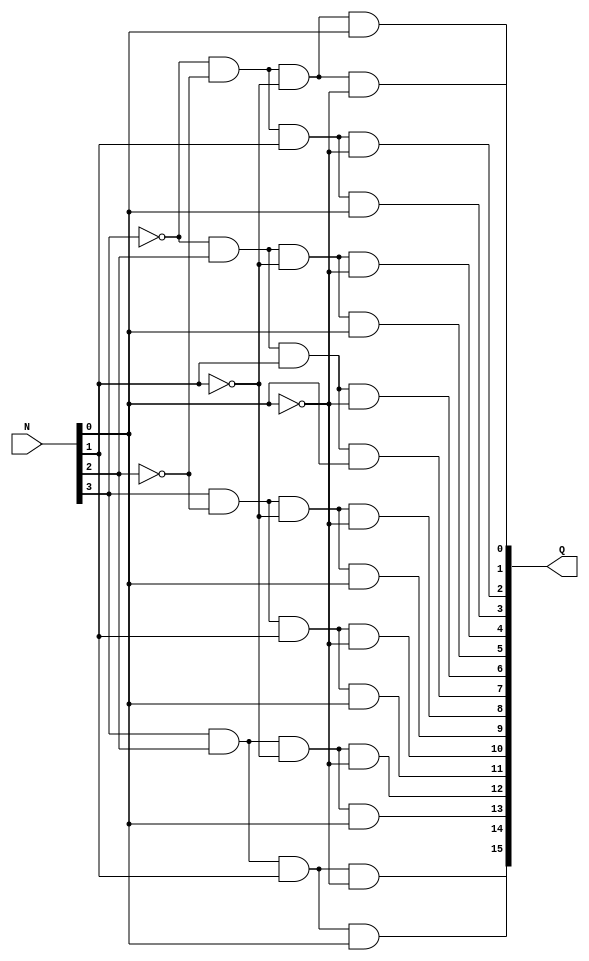
`timescale 1ns / 1ps
//////////////////////////////////////////////////////////////////////////////////


module Decoder(
  input [3:0] N,
  output [15:0] Q
);
assign Q[0] = ~N[3] & ~N[2] & ~N[1] & ~N[0];
assign Q[1] = ~N[3] & ~N[2] & ~N[1] & N[0];
assign Q[2] = ~N[3] & ~N[2] & N[1] & ~N[0];
assign Q[3] = ~N[3] & ~N[2] & N[1] & N[0];
assign Q[4] = ~N[3] & N[2] & ~N[1] & ~N[0];
assign Q[5] = ~N[3] & N[2] & ~N[1] & N[0];
assign Q[6] = ~N[3] & N[2] & N[1] & ~N[0];
assign Q[7] = ~N[3] & N[2] & N[1] & N[0];
assign Q[8] = N[3] & ~N[2] & ~N[1] & ~N[0];
assign Q[9] = N[3] & ~N[2] & ~N[1] & N[0];
assign Q[10] = N[3] & ~N[2] & N[1] & ~N[0];
assign Q[11] = N[3] & ~N[2] & N[1] & N[0];
assign Q[12] = N[3] & N[2] & ~N[1] & ~N[0];
assign Q[13] = N[3] & N[2] & ~N[1] & N[0];
assign Q[14] = N[3] & N[2] & N[1] & ~N[0];
assign Q[15] = N[3] & N[2] & N[1] & N[0];

endmodule